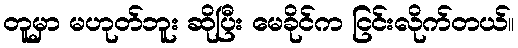
တူမှာ မဟုတ်ဘူး ဆိုပြီး မေခိုင်က ငြင်းလိုက်တယ်။